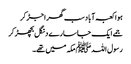
ہوا کعبہ آباد سب گھر اجڑ کر
جمے ایک جاسارے دنگل بچھڑ کر
رسول اللہﷺ مکہ میں تھے۔